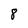
Character: 8